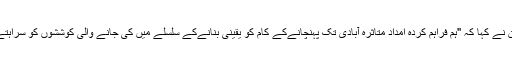
ترجمان نے کہا کہ ''ہم فراہم کردہ امداد متاثرہ آبادی تک پہنچانےکے کام کو یقینی بنانےکے سلسلے میں کی جانے والی کوششوں کو سراہتے ہیں''۔